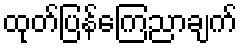
ထုတ်ပြန်ကြေညာချက်